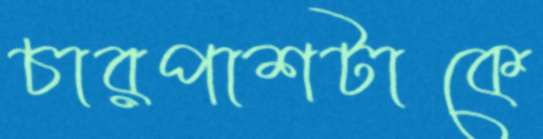
চারপাশটাকে